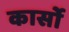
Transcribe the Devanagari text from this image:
कार्सो